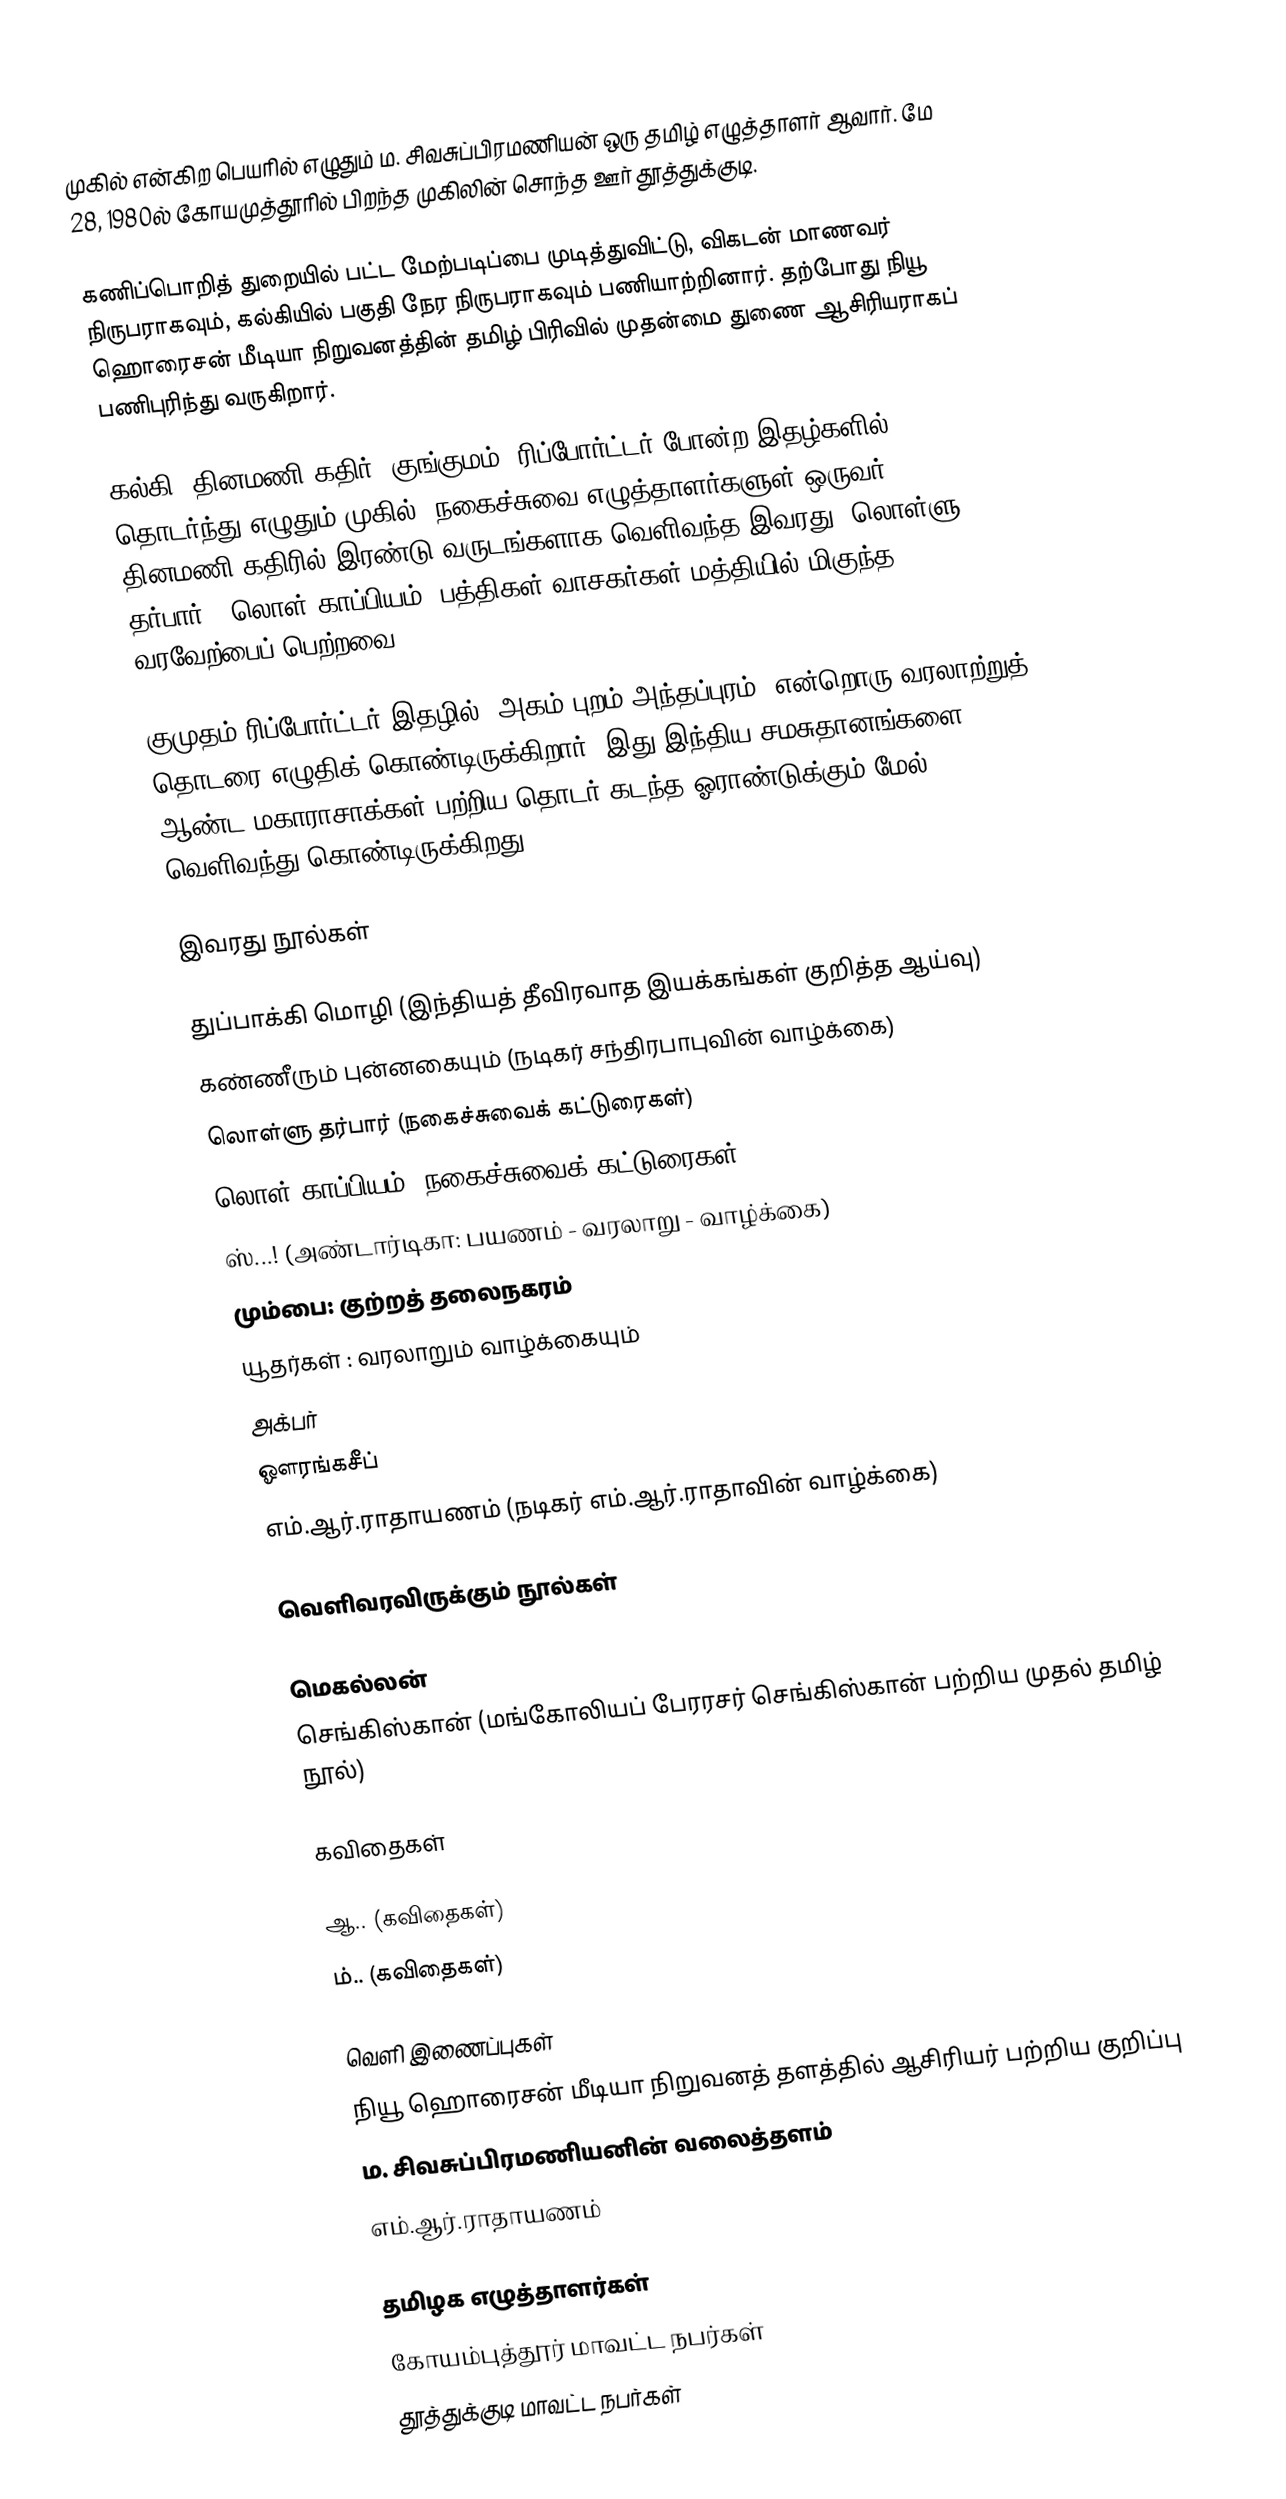
முகில் என்கிற பெயரில் எழுதும் ம. சிவசுப்பிரமணியன் ஒரு தமிழ் எழுத்தாளர் ஆவார். மே 28, 1980ல் கோயமுத்தூரில் பிறந்த முகிலின் சொந்த ஊர் தூத்துக்குடி.

கணிப்பொறித் துறையில் பட்ட மேற்படிப்பை முடித்துவிட்டு, விகடன் மாணவர் நிருபராகவும், கல்கியில் பகுதி நேர நிருபராகவும் பணியாற்றினார். தற்போது நியூ ஹொரைசன் மீடியா நிறுவனத்தின் தமிழ் பிரிவில் முதன்மை துணை ஆசிரியராகப் பணிபுரிந்து வருகிறார்.

கல்கி, தினமணி கதிர், குங்குமம், ரிப்போர்ட்டர் போன்ற இதழ்களில் தொடர்ந்து எழுதும் முகில், நகைச்சுவை எழுத்தாளர்களுள் ஒருவர். தினமணி கதிரில் இரண்டு வருடங்களாக வெளிவந்த இவரது 'லொள்ளு தர்பார்' 'லொள் காப்பியம்' பத்திகள் வாசகர்கள் மத்தியில் மிகுந்த வரவேற்பைப் பெற்றவை.

குமுதம் ரிப்போர்ட்டர் இதழில் ‘அகம் புறம் அந்தப்புரம்' என்றொரு வரலாற்றுத் தொடரை எழுதிக் கொண்டிருக்கிறார். இது இந்திய சமசுதானங்களை ஆண்ட மகாராசாக்கள் பற்றிய தொடர் கடந்த ஓராண்டுக்கும் மேல் வெளிவந்து கொண்டிருக்கிறது.

இவரது நூல்கள்

 துப்பாக்கி மொழி (இந்தியத் தீவிரவாத இயக்கங்கள் குறித்த ஆய்வு)
 கண்ணீரும் புன்னகையும் (நடிகர் சந்திரபாபுவின் வாழ்க்கை)
 லொள்ளு தர்பார் (நகைச்சுவைக் கட்டுரைகள்)
 லொள் காப்பியம் (நகைச்சுவைக் கட்டுரைகள்)
 ஸ்...! (அண்டார்டிகா: பயணம் - வரலாறு - வாழ்க்கை)
 மும்பை: குற்றத் தலைநகரம்
 யூதர்கள் : வரலாறும் வாழ்க்கையும்
 அக்பர்
 ஔரங்கசீப்
 எம்.ஆர்.ராதாயணம் (நடிகர் எம்.ஆர்.ராதாவின் வாழ்க்கை)

வெளிவரவிருக்கும் நூல்கள்

 மெகல்லன்
 செங்கிஸ்கான் (மங்கோலியப் பேரரசர் செங்கிஸ்கான் பற்றிய முதல் தமிழ் நூல்)

கவிதைகள்

 ஆ.. (கவிதைகள்)
 ம்.. (கவிதைகள்)

வெளி இணைப்புகள்
 நியூ ஹொரைசன் மீடியா நிறுவனத் தளத்தில் ஆசிரியர் பற்றிய குறிப்பு
 ம. சிவசுப்பிரமணியனின் வலைத்தளம்
 எம்.ஆர்.ராதாயணம்

தமிழக எழுத்தாளர்கள்
கோயம்புத்தூர் மாவட்ட நபர்கள்
தூத்துக்குடி மாவட்ட நபர்கள்